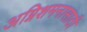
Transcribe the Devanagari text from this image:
अग्निशमनासाठी